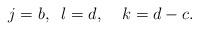
LaTeX: \begin{align*} j=b, \;\; l = d, \; \; \; \;k = d-c.\end{align*}